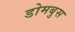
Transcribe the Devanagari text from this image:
डोमबुस